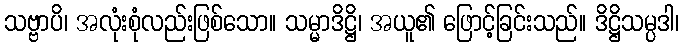
သဗ္ဗာပိ၊ အလုံးစုံလည်းဖြစ်သော။ သမ္မာဒိဋ္ဌိ၊ အယူ၏ ဖြောင့်ခြင်းသည်။ ဒိဋ္ဌိသမ္ပဒါ၊